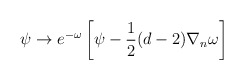
\begin{align*}\psi\rightarrow e^{-\omega}\left[\psi-\frac{1}{2}(d-2)\nabla_{n}\omega\right]\end{align*}